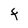
Character: F